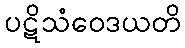
ပဋိသံဝေဒယတိ